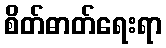
စိတ်ဓာတ်ရေးရာ